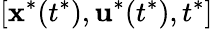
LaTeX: [{\textbf{x}}^{*}(t^{*}),{\textbf{u}}^{*}(t^{*}),t^{*}]